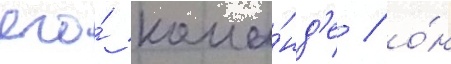
его́ кома́нд'е / о́н